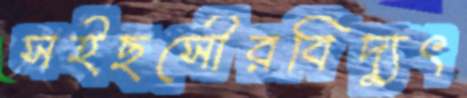
সইছসৌরবিদ্যুৎ